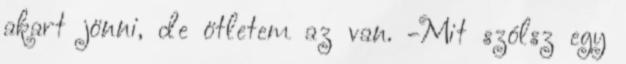
akart jönni, de ötletem az van. -Mit szólsz egy